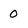
Character: 0